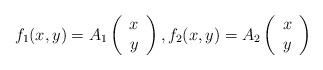
LaTeX: \begin{align*} f_1 (x, y)= A_1 \left(\begin{array}{c} x \\ y \end{array} \right), f_2 (x, y)= A_2 \left(\begin{array}{c} x \\ y \end{array} \right)\end{align*}